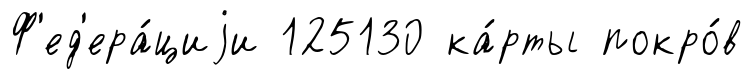
Ф'ед'ера́циjи 125130 ка́рты покро́в